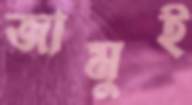
জামুই